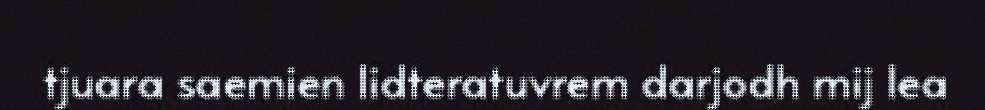
tjuara saemien lidteratuvrem darjodh mij lea